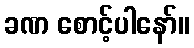
ခဏ စောင့်ပါနော်။